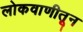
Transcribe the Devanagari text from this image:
लोकवाणीतून